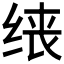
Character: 𫄪